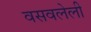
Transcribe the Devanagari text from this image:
वसवलेली